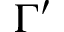
\Gamma ^ { \prime }